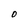
Character: 0